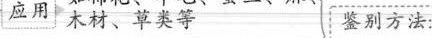
应用 木材、草类等 鉴别方法：